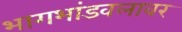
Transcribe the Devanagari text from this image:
भागभांडवलावर